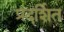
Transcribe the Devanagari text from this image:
प्रदर्शित